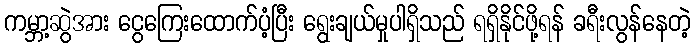
ကမ္ဘာ့ဆွဲအား ငွေကြေးထောက်ပံ့ပြီး ရွေးချယ်မှုပါရှိသည် ရရှိနိုင်ဖို့ရန် ခရီးလွန်နေတဲ့